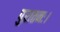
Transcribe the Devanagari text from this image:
पुरातनः।